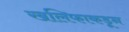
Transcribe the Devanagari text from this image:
खलिफाकडून